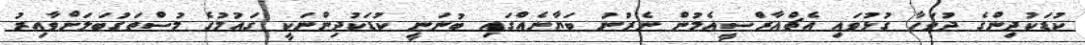
ކުޑަކުދިންގެ ދުވަހާ ގުޅުވައި އެޗްއާރްސީއެމުން ނެރުުނު ބަޔާނެއްގައި ބުނަނީ ކުޑަކުދިންނަކީ ގައުމުގެ މުސްތަގުބަލަށްވާއިރު